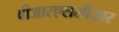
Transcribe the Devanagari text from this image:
वीआरएससीआर